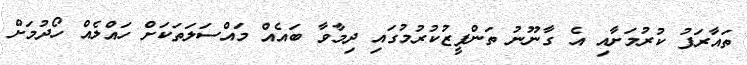
ތައާރަފު ކުރުމަށާއި އެ ގާނޫނު ތަންފީޒުކުރުމުގައި ދިމާވާ ބައެއް މައްސަލަތަކަށް ހައްލެއް ހޯދުމަށް